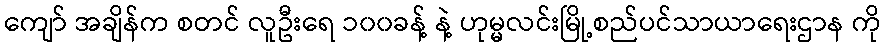
ကျော် အချိန်က စတင် လူဦးရေ ၁၀၀ခန့် နဲ့ ဟုမ္မလင်းမြို့စည်ပင်သာယာရေးဌာန ကို